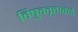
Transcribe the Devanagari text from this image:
विषुववृत्ताकडे